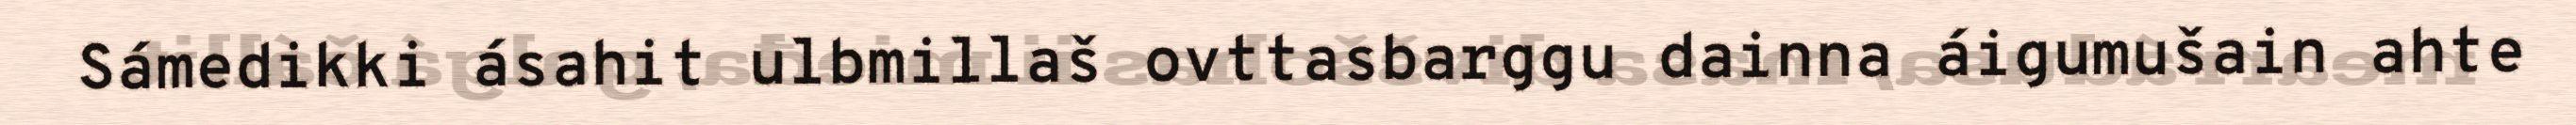
Sámedikki ásahit ulbmillaš ovttasbarggu dainna áigumušain ahte